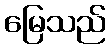
မြေသည်